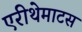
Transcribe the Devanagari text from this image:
एरीथेमाटस